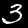
Label: 3